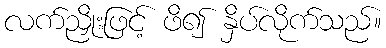
လက်ညှိုးဖြင့် ဖိ၍ နှိပ်လိုက်သည်။